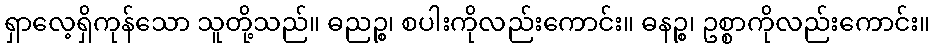
ရှာလေ့ရှိကုန်သော သူတို့သည်။ ဓညဉ္စ၊ စပါးကိုလည်းကောင်း။ ဓနဉ္စ၊ ဥစ္စာကိုလည်းကောင်း။